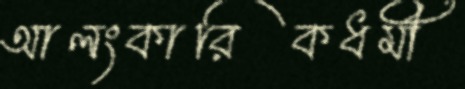
আলংকারিকধর্মী